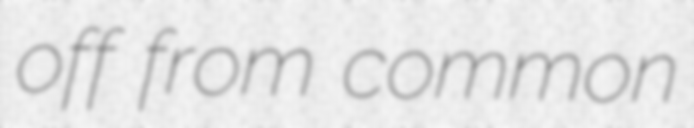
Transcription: off from common